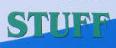
stuff